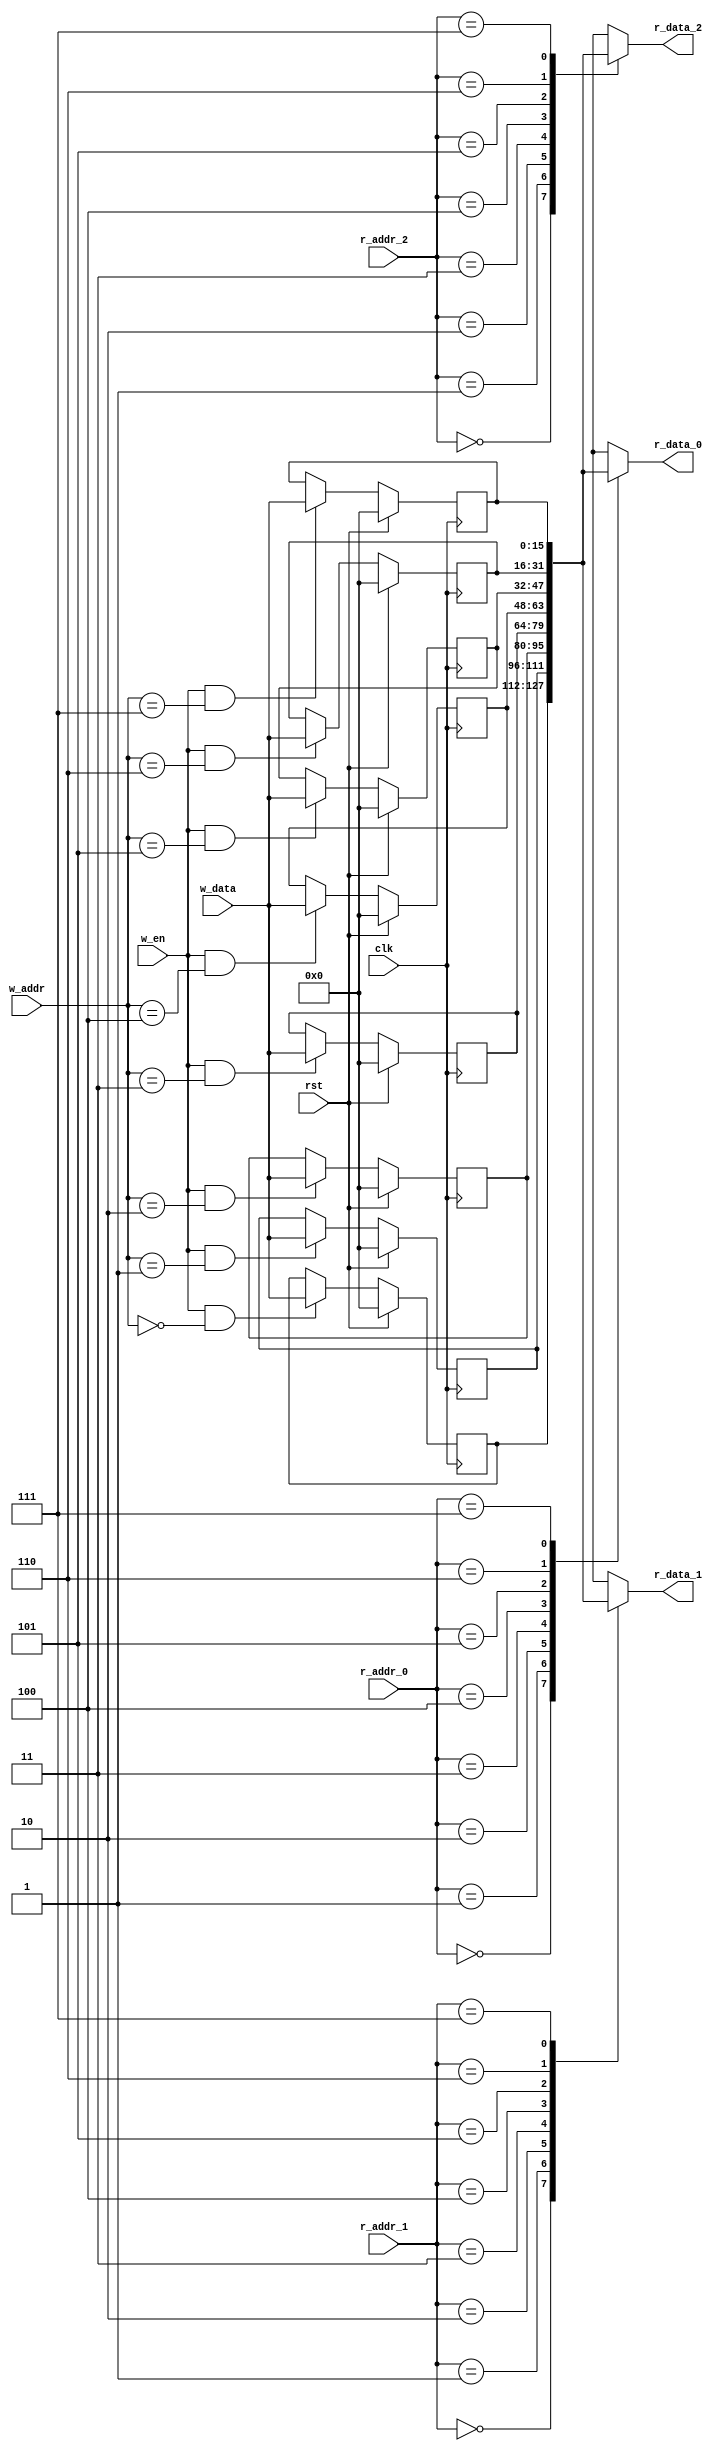
//==============================================================================
// Register File with 3 read ports, 1 write port
//==============================================================================

module RegisterFile
#(
	parameter N_ELEMENTS = 8,         // Number of Memory Elements
	parameter ADDR_WIDTH = 3,         // Address Width (in bits)
	parameter DATA_WIDTH = 16         // Data Width (in bits)
)(
	// Clock + Reset
	input                   clk,      // Clock
	input                   rst,      // Reset (All entries -> 0)

	// Read Address Channel
	input  [ADDR_WIDTH-1:0] r_addr_0, // Read Address 0
	input  [ADDR_WIDTH-1:0] r_addr_1, // Read Address 1
	input  [ADDR_WIDTH-1:0] r_addr_2, // Read Address 2

	// Write Address, Data Channel
	input  [ADDR_WIDTH-1:0] w_addr,   // Write Address
	input  [DATA_WIDTH-1:0] w_data,   // Write Data
	input                   w_en,     // Write Enable

	// Read Data Channel
	output [DATA_WIDTH-1:0] r_data_0, // Read Data 0
	output [DATA_WIDTH-1:0] r_data_1, // Read Data 1
	output [DATA_WIDTH-1:0] r_data_2  // Read Data 2

);

	// Memory Unit
	reg [DATA_WIDTH-1:0] rfile[N_ELEMENTS-1:0];

	// Continuous Read
	assign r_data_0 = rfile[r_addr_0];
	assign r_data_1 = rfile[r_addr_1];
	assign r_data_2 = rfile[r_addr_2];

	// Synchronous Reset + Write
	genvar i;
	generate
		for (i = 0; i < N_ELEMENTS; i = i + 1) begin : wport
			always @(posedge clk) begin
				if (rst) begin
					rfile[i] <= 0;
				end
				else if (w_en && w_addr == i) begin
					rfile[i] <= w_data;
				end
			end
		end
	endgenerate

endmodule